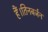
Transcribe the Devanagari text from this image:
हैं।तिनबर्जन